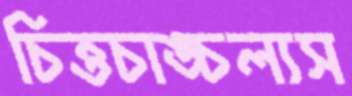
চিত্তচাঙ্চল্যস